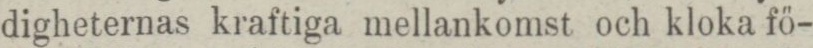
digheternas kraftiga mellankomst och kloka fö-